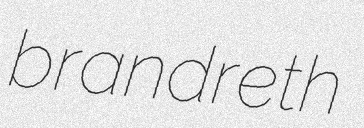
brandreth